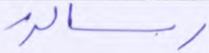
رسالة